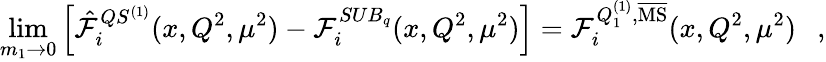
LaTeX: \operatorname*{lim}_{m_{1}\to 0}\left[{\hat{{\cal F}}}_{i}^{QS^{(1)}}(x,Q^{2},\mu^{2})-{\cal F}_{i}^{SUB_{q}}(x,Q^{2},\mu^{2})\right]={\cal F}_{i}^{Q_{1}^{(1)},\overline{{\mathrm{{{MS}}}}}}(x,Q^{2},\mu^{2})\ \ \ ,